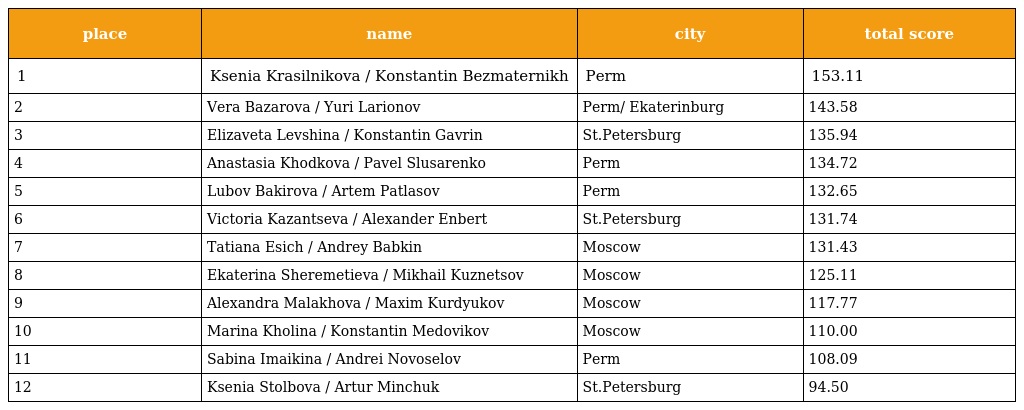
| place | name | city | total score |
 | --- | --- | --- | --- |
 | 1 | Ksenia Krasilnikova / Konstantin Bezmaternikh | Perm | 153.11 |
 | 2 | Vera Bazarova / Yuri Larionov | Perm/ Ekaterinburg | 143.58 |
 | 3 | Elizaveta Levshina / Konstantin Gavrin | St.Petersburg | 135.94 |
 | 4 | Anastasia Khodkova / Pavel Slusarenko | Perm | 134.72 |
 | 5 | Lubov Bakirova / Artem Patlasov | Perm | 132.65 |
 | 6 | Victoria Kazantseva / Alexander Enbert | St.Petersburg | 131.74 |
 | 7 | Tatiana Esich / Andrey Babkin | Moscow | 131.43 |
 | 8 | Ekaterina Sheremetieva / Mikhail Kuznetsov | Moscow | 125.11 |
 | 9 | Alexandra Malakhova / Maxim Kurdyukov | Moscow | 117.77 |
 | 10 | Marina Kholina / Konstantin Medovikov | Moscow | 110.00 |
 | 11 | Sabina Imaikina / Andrei Novoselov | Perm | 108.09 |
 | 12 | Ksenia Stolbova / Artur Minchuk | St.Petersburg | 94.50 |